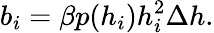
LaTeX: b_{i}=\beta p(h_{i})h_{i}^{2}\Delta h.